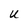
Character: U